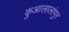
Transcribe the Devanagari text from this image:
कुआलालांपुर